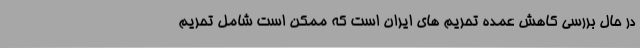
در حال بررسی کاهش عمده تحریم های ایران است که ممکن است شامل تحریم